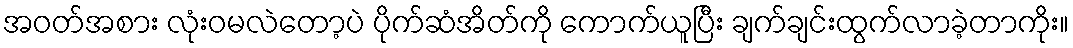
အဝတ်အစား လုံးဝမလဲတော့ပဲ ပိုက်ဆံအိတ်ကို ကောက်ယူပြီး ချက်ချင်းထွက်လာခဲ့တာကိုး။